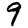
Digit: 9